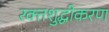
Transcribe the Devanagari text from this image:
रक्तशुद्धीकरण